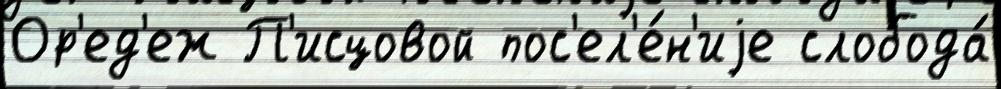
Ор'ед'еж П'исцовой пос'ел'е́н'иjе слобода́